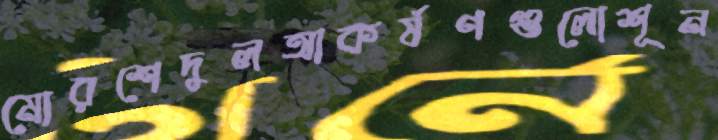
মোরশেদুলআকর্ষণগুলোশূন